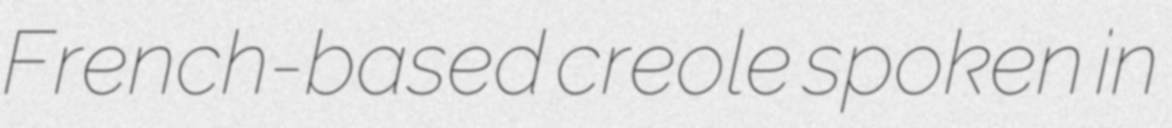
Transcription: French-based creole spoken in